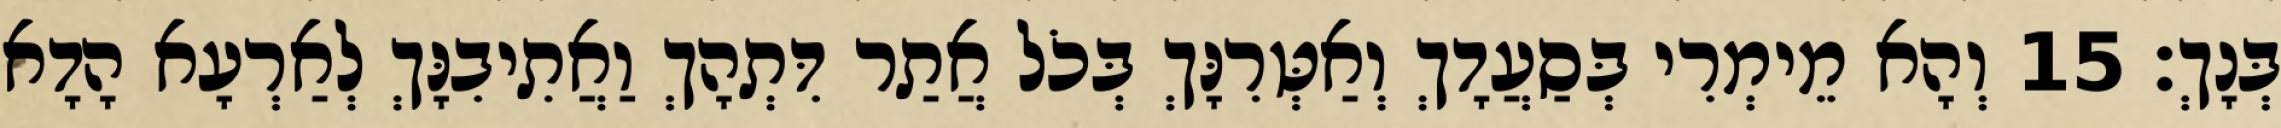
בְּנָךְ׃ 15 וְהָא מֵימְרִי בְּסַעֲדָךְ וְאַטְּרִנָּךְ בְּכֹל אֲתַר דִּתְהָךְ וַאֲתִיבִנָּךְ לְאַרְעָא הָדָא